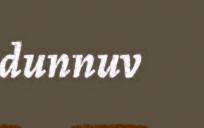
dunnuv